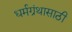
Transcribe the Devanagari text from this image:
धर्मग्रंथासाठी